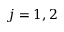
j = 1 , 2